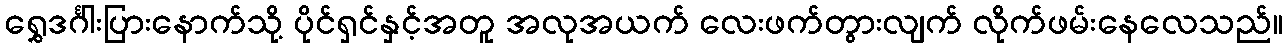
ရွှေဒင်္ဂါးပြားနောက်သို့ ပိုင်ရှင်နှင့်အတူ အလုအယက် လေးဖက်တွားလျက် လိုက်ဖမ်းနေလေသည်။